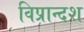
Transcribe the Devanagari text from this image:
विप्रान्दश